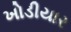
ખોડીયાર